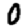
Digit: 0